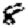
Digit: 8